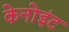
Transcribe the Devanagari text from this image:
केनोइंट